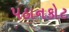
પઠાનકોટ